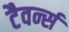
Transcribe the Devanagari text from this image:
टैवर्न्स